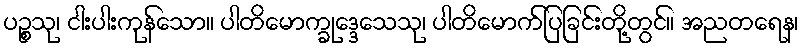
ပဉ္စသု၊ ငါးပါးကုန်သော။ ပါတိမောက္ခုဒ္ဒေသေသု၊ ပါတိမောက်ပြခြင်းတို့တွင်။ အညတရေန၊